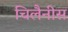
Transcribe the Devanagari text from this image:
चिलैनीस